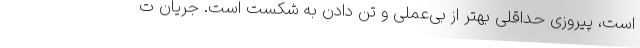
است، پیروزی حداقلی بهتر از بی‌عملی و تن دادن به شکست است. جریان ت